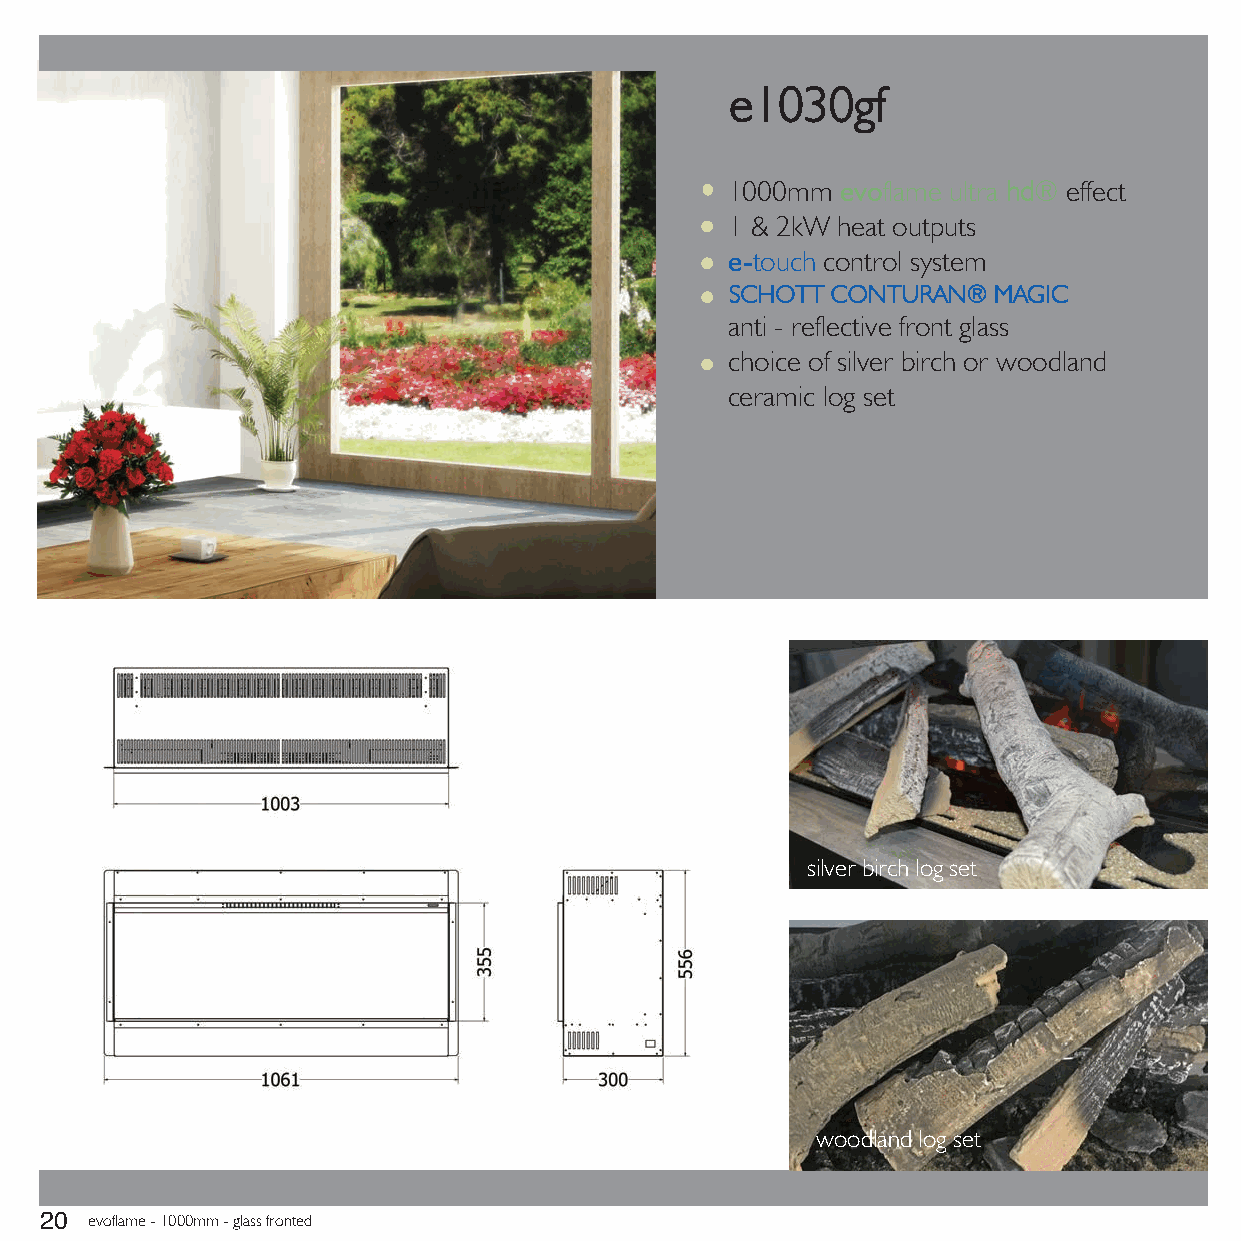
e1030gf
 1000mm  evoflame ultra hd® effect
 1 & 2kW heat outputs
 e-touch control system
 SCHOTT CONTURAN®  MAGIC
 anti - reflective front glass
 choice of silver birch or woodland
 ceramic log set
 silver birch log set
 woodland log set
 evoflame - 1000mm - glass fronted
 20